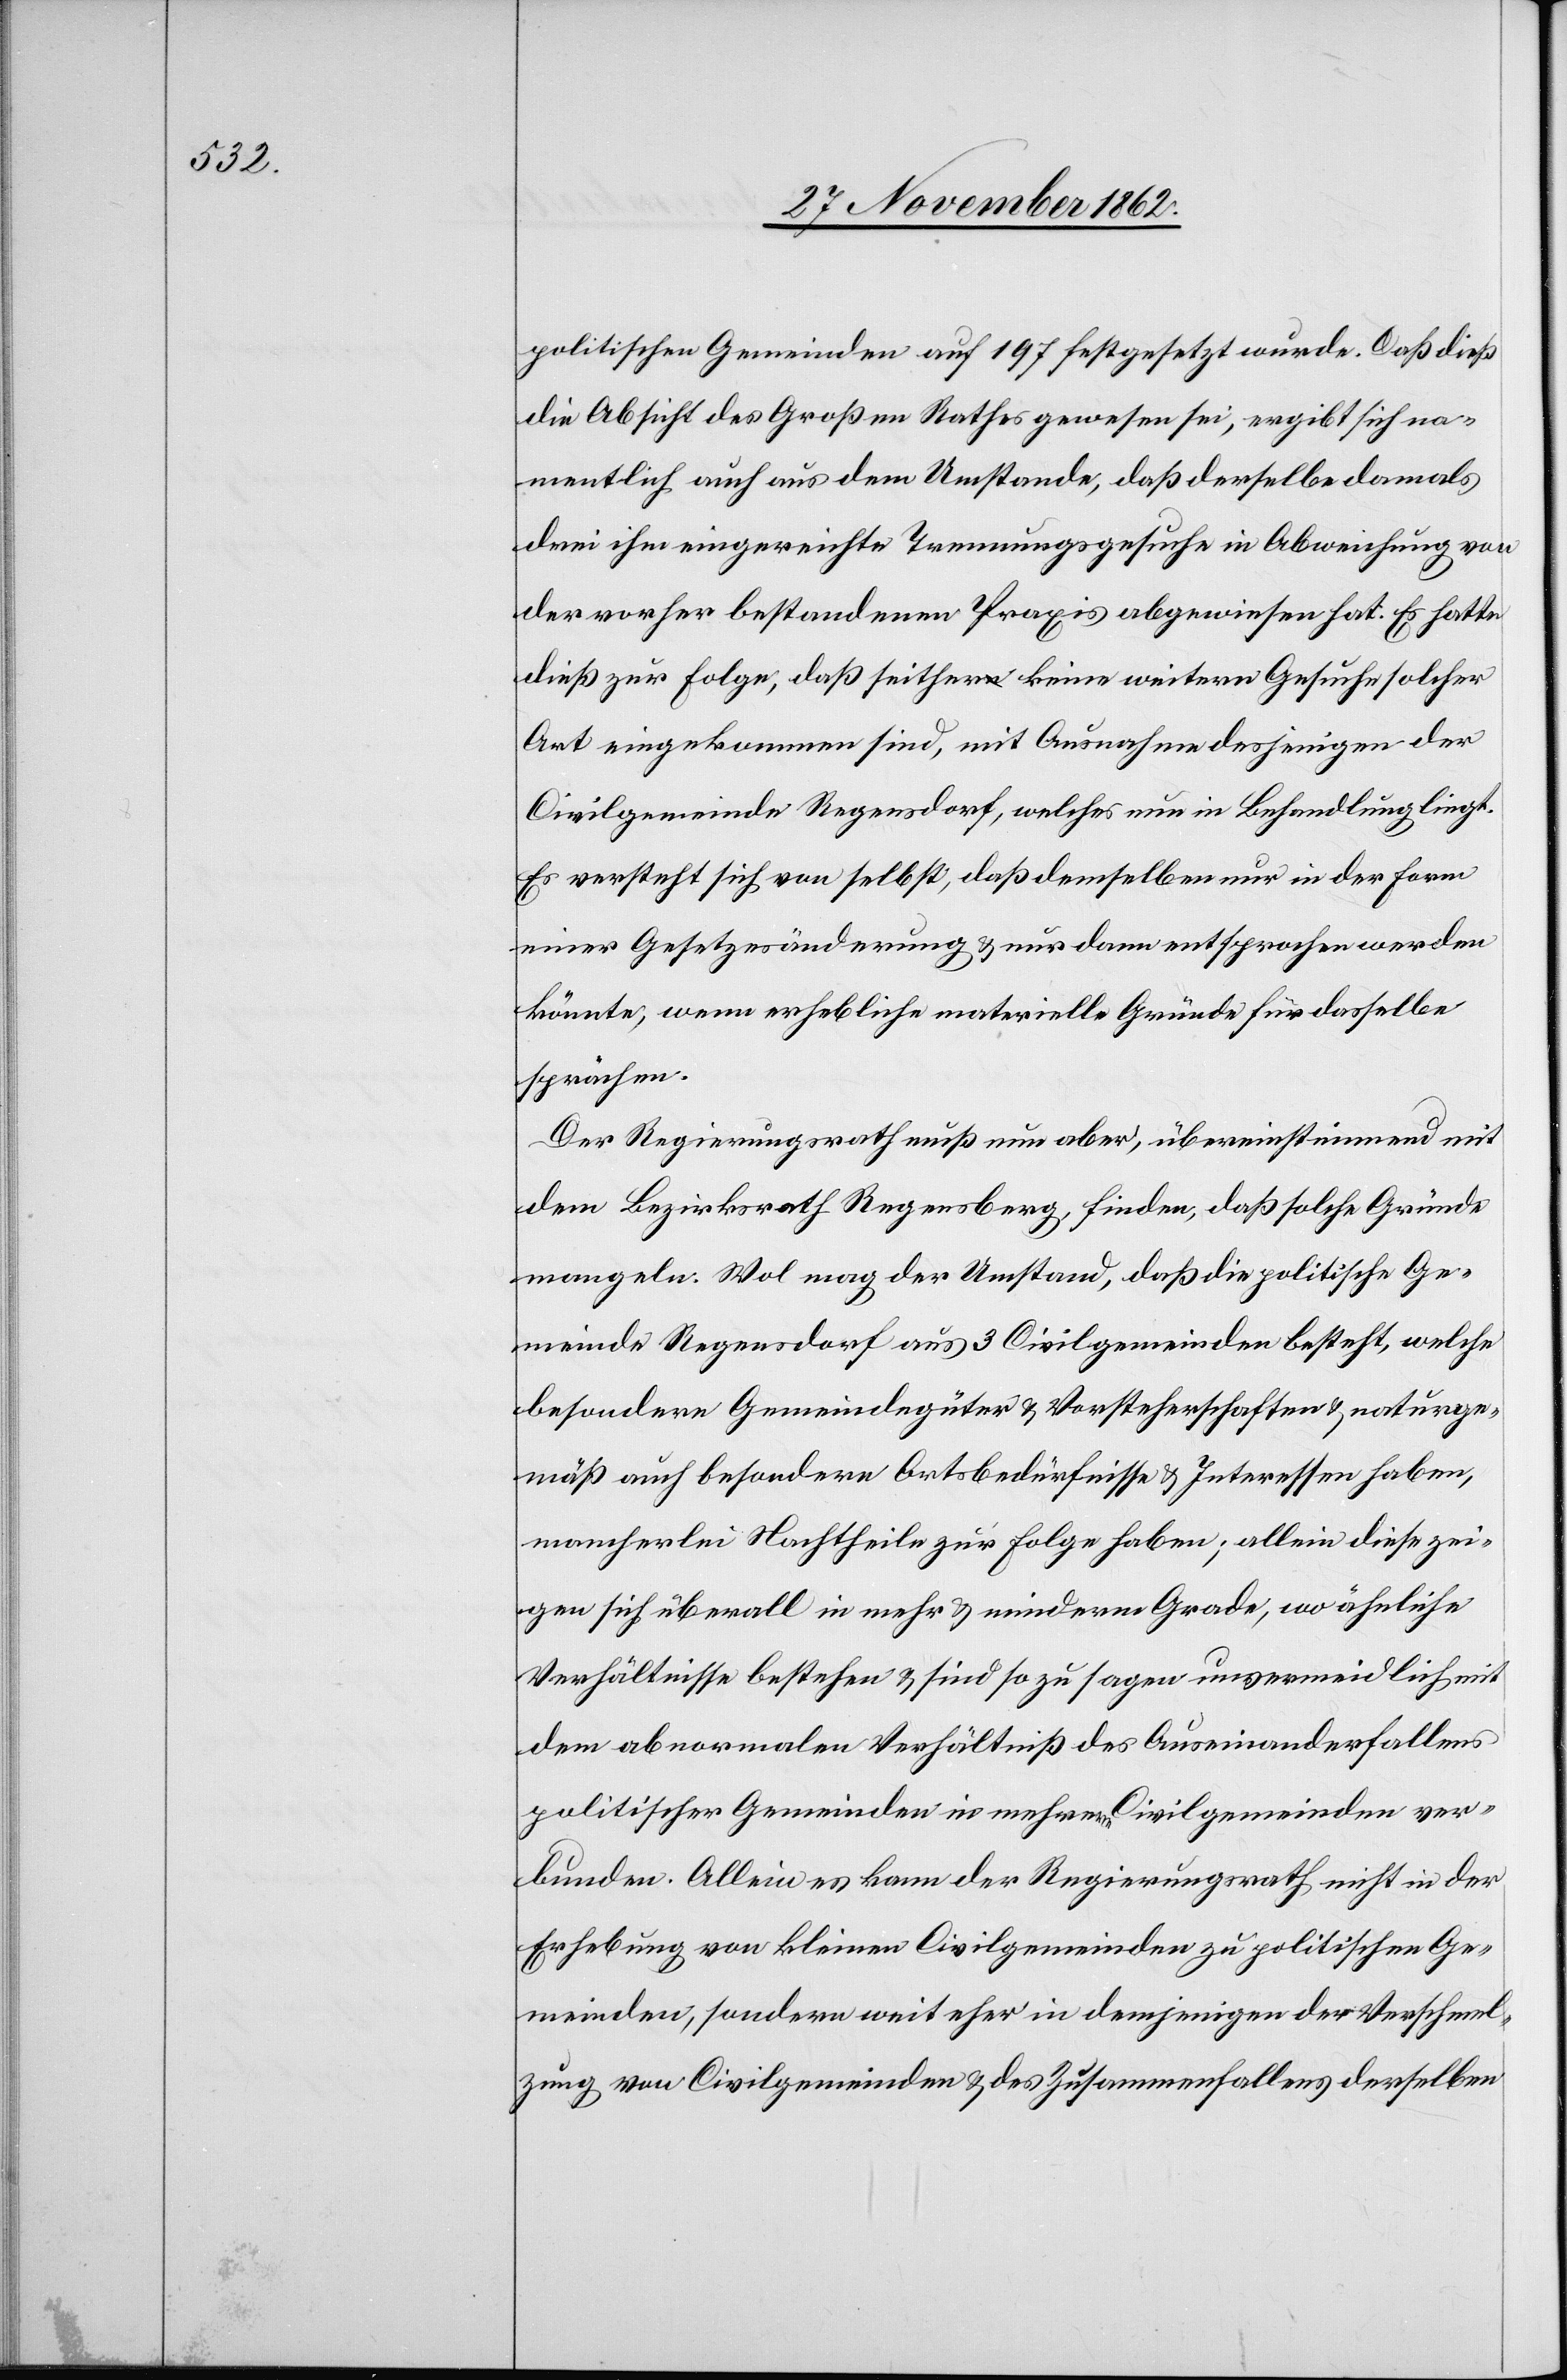
politischen Gemeinden auf 197 festgesetzt wurde. Daß dieß
die Absicht des Großen Rathes gewesen sei, ergibt sich na¬
mentlich auch aus dem Umstande, daß derselbe damals
drei ihm eingereichte Trennungsgesuche in Abweichung von
der vorher bestandenen Praxis abgewiesen hat. Es hatte
dieß zur Folge, daß seither keine weitern Gesuche solcher
Art eingekommen sind, mit Ausnahme desjenigen der
Civilgemeinde Regensdorf, welches nun in Behandlung liegt.
Es versteht sich von selbst, daß demselben nur in der Form
einer Gesetzesänderung u. nur dann entsprochen werden
könnte, wenn erhebliche materielle Gründe für dasselbe
sprächen.
Der Regierungsrath muß nun aber, übereinstimmend mit
dem Bezirksrath Regensberg, finden, daß solche Gründe
mangeln. Wol mag der Umstand, daß die politische Ge¬
meinde Regensdorf aus 3 Civilgemeinden besteht, welche
besondere Gemeindegüter u. Vorsteherschaften u. naturge¬
mäß auch besondere Ortsbedürfnisse u. Interessen haben,
mancherlei Nachtheile zur Folge haben; allein diese zei¬
gen sich überall in mehr und minderm Grade, wo ähnliche
Verhältnisse bestehen u. sind so zu sagen unvermeidlich mit
dem abnormalen Verhältniß des Auseinanderfallens
politischer Gemeinden in mehrerern Civilgemeinden ver¬
bunden. Allein es kann der Regierungsrath nicht in der
Erhebung von kleinen Civilgemeinden zu politischen Ge¬
meinden, sondern weit eher in demjenigen der Verschmel¬
zung von Civilgemeinden u. des Zusammenfallens derselben